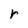
Character: r